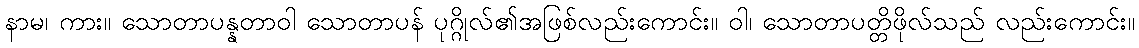
နာမ၊ ကား။ သောတာပန္နတာဝါ သောတာပန် ပုဂ္ဂိုလ်၏အဖြစ်လည်းကောင်း။ ဝါ၊ သောတာပတ္တိဖိုလ်သည် လည်းကောင်း။